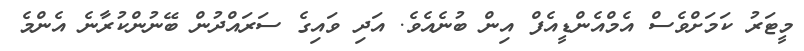
މީޓަރު ކަމަށްވެސް އެމްއެންޑީއެފް އިން ބުނެއެވެ. އަދި ވައިގެ ސަރައްދުން ބޭނުންކުރާނެ އެންމެ